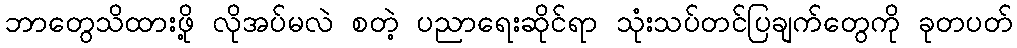
ဘာတွေသိထားဖို့ လိုအပ်မလဲ စတဲ့ ပညာရေးဆိုင်ရာ သုံးသပ်တင်ပြချက်တွေကို ခုတပတ်